Lunatic asylums United Provinces 1899-1908 - 1899-1908
Year: 1899
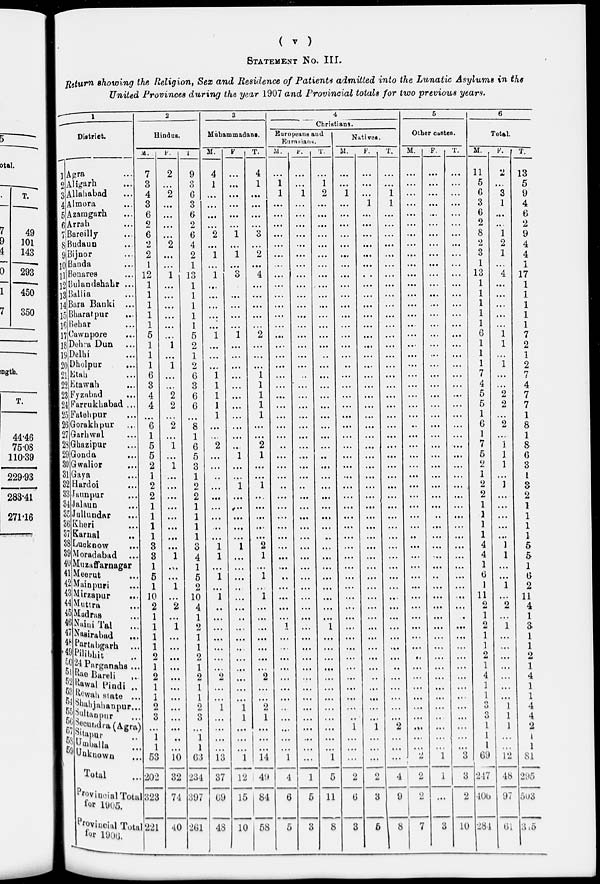
( v )
STATEMENT No. III.
Return showing the Religion, Sex and Residence of Patients admitted into the Lunatic Asylums in the
United Provinces during the year 1907 and Provincial totals for two previous years.
1
District.
1
2
3
4
5
6
7
8
9
10
11
12
13
14
15
16
17
18
19
20
21
22
23
24
25
26
27
28
29
30
31
32
33
34
35
36
37
38
39
40
41
42
43
44
45
46
47
48
49
50
51
52
53
54
55
56
57
58
59
Agra ...
Aligarh ...
Allahabad ...
Almora ...
Azamgarh ...
Arrah ...
Bareilly ...
Budaun ...
Bijnor ...
Banda ...
Benares ...
Bulandshahr ...
Ballia ...
Bara Banki ...
Bharatpur ...
Behar ...
Cawnpore ...
Dehra Dun ...
Delhi ...
Dholpur
...
Etah ...
Etawah ...
Fyzabad ...
Farrukhabad ...
Fatehpur ...
Gorakhpur ...
Garhwal ...
Ghazipur ...
Gonda ...
Gwalior ...
Gaya ...
Hardoi ...
Jaunpur ...
Jalaun ...
Jullundar ...
Kheri ...
Karnal ...
Lucknow ...
Moradabad ...
Muzaffarnagar ...
Meerut ...
Mainpuri ...
Mirzapur ...
Muttra ...
Madras ...
Naini Tal
...
Nasirabad ...
Partabgarh
...
Pilibhit ...
24 Parganahs ...
Rae Bareli
...
Rawal Pindi ...
Rewah state ...
Shahjahanpur ...
Sultanpur ...
Secundra (Agra)
Sitapur ...
Umballa ...
Unknown ...
Total ...
Provincial Total
for 1905.
Provincial Total
for 1906.
2
Hindus.
M.
7
3
4
3
6
2
6
2
2
1
12
1
1
1
1
1
5
1
1
1
6
3
4
4
...
6
1
5
5
2
1
2
2
1
1
1
1
3
3
1
5
1
10
2
1
1
1
1
2
1
2
1
1
2
3
...
1
1
53
202
323
221
F.
2
...
2
...
...
...
...
2
...
...
1
...
...
...
...
...
...
1
...
1
...
...
2
2
...
2
...
1
...
1
...
...
...
...
...
...
...
...
1
...
...
1
...
2
...
1
...
...
...
...
...
...
...
...
...
...
...
...
10
32
74
40
T.
9
3
6
3
6
2
6
4
2
1
13
1
1
1
1
1
5
2
1
2
6
3
6
6
...
8
1
6
5
3
1
9
2
1
1
1
1
3
4
1
5
2
10
4
1
2
1
1
2
1
2
1
1
2
3
...
1
1
63
234
397
261
3
Muhammadans.
M.
4
1
...
...
...
...
2
...
1
...
1
...
...
...
...
...
1
...
...
...
1
1
1
1
1
...
...
2
...
...
...
...
...
...
...
...
...
1
1
...
1
...
1
...
...
...
...
...
...
...
2
...
...
1
...
...
...
...
13
37
69
48
F.
...
...
...
...
...
...
1
...
1
...
3
...
...
...
...
...
1
...
...
...
...
...
...
...
...
...
...
...
1
...
...
1
...
...
...
...
...
1
...
...
...
...
...
...
...
...
...
...
...
...
...
...
...
1
1
...
...
...
1
12
15
10
T.
4
1
...
...
...
...
3
...
2
...
4
...
...
...
...
...
2
...
...
...
1
1
1
1
1
...
...
2
1
...
...
1
...
...
...
...
...
2
1
...
1
...
1
...
...
...
...
...
...
...
2
...
...
2
1
...
...
...
14
49
84
58
4
Christians.
Europeans and
Eurasians.
M.
...
1
1
...
...
...
...
...
...
...
...
...
...
...
...
...
...
...
...
...
...
...
...
...
...
...
...
...
...
...
...
..
...
...
...
...
...
...
...
...
...
...
...
...
...
1
...
...
...
...
...
...
...
...
...
...
...
...
1
4
6
5
F.
...
...
1
...
...
...
...
...
...
...
...
...
...
...
...
...
...
...
...
...
...
...
...
...
...
...
...
...
...
...
...
..
...
...
...
...
...
...
...
...
...
...
...
...
...
...
...
...
...
...
...
...
...
...
...
...
...
...
...
1
5
3
T.
...
1
2
...
...
...
...
...
...
...
...
...
...
...
...
...
...
...
..
...
...
...
...
...
...
...
...
...
...
...
...
...
...
...
...
...
...
...
...
...
...
...
...
...
...
1
...
...
...
...
...
...
...
...
...
...
...
...
1
5
11
8
Natives.
M.
...
...
1
...
...
...
...
...
...
...
...
...
...
...
...
...
...
...
...
...
...
...
...
...
...
...
...
...
...
...
...
...
...
...
...
...
...
...
...
...
...
...
...
...
...
...
...
...
...
...
...
...
...
...
...
1
...
...
...
2
6
3
F.
...
...
...
1
...
...
...
...
...
...
...
...
...
...
...
...
...
...
...
...
...
...
...
...
...
...
...
...
...
...
...
...
...
...
...
...
...
...
...
...
...
...
...
...
...
...
...
...
...
...
...
...
...
...
...
1
...
...
...
2
3
6
T.
...
...
1
1
...
...
...
...
...
...
...
...
...
...
...
...
...
...
...
...
...
...
...
...
...
...
...
...
...
...
...
...
...
...
...
...
...
...
...
...
...
...
...
...
...
...
...
...
...
...
..
...
...
...
...
2
...
...
...
4
9
8
5
Other castes.
M.
...
...
...
...
...
...
...
...
...
...
...
...
...
...
...
...
...
...
...
...
...
...
...
...
...
...
...
...
...
...
...
...
...
...
...
...
...
...
...
...
...
...
...
...
...
...
...
...
...
...
...
...
...
...
...
...
...
...
2
2
2
7
F.
...
...
...
...
...
...
...
...
...
...
...
...
...
...
...
...
...
...
...
...
...
...
...
...
...
...
...
...
...
...
...
...
...
...
...
...
...
...
...
...
...
...
...
...
...
...
...
...
...
...
...
...
...
...
...
...
...
...
1
1
...
3
T.
...
...
...
...
...
...
...
...
...
...
...
...
...
...
...
...
...
...
...
...
...
...
...
...
...
...
...
...
...
...
...
...
...
...
...
...
...
...
...
...
...
...
...
...
...
...
...
...
...
...
...
...
...
...
...
...
...
...
3
3
2
10
6
Total.
M.
11
5
6
3
6
2
8
2
3
1
13
1
1
1
1
1
6
1
1
1
7
4
5
5
1
6
1
7
5
2
1
2
2
1
1
1
1
4
4
1
6
1
11
2
1
2
1
1
2
1
4
1
1
3
3
1
1
1
69
247
406
284
F.
2
...
3
1
...
...
1
2
1
...
4
...
...
...
...
...
1
1
...
1
...
...
2
2
...
2
...
1
1
1
...
1
...
...
...
...
...
1
1
...
...
1
...
2
...
1
...
...
...
...
...
...
...
1
1
1
...
...
12
48
97
61
T.
13
5
9
4
6
2
9
4
4
1
17
1
1
1
1
1
7
2
1
2
7
4
7
7
1
8
1
8
6
3
1
3
2
1
1
1
1
5
5
1
6
2
11
4
1
3
1
1
2
1
4
1
1
4
4
2
1
1
81
295
503
345